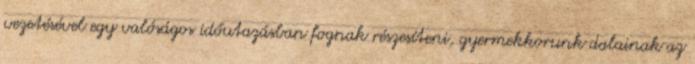
vezetésével egy valóságos időutazásban fognak részesíteni, gyermekkorunk dalainak az